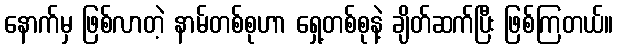
နောက်မှ ဖြစ်လာတဲ့ နာမ်တစ်စုဟာ ရှေ့တစ်စုနဲ့ ချိတ်ဆက်ပြီး ဖြစ်ကြတယ်။